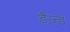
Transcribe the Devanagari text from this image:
डैज़्ड